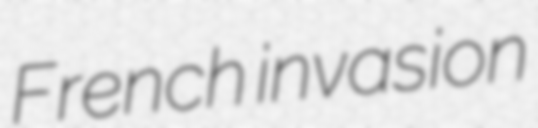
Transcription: French invasion